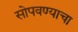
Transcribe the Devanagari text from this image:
सोपवण्याचा